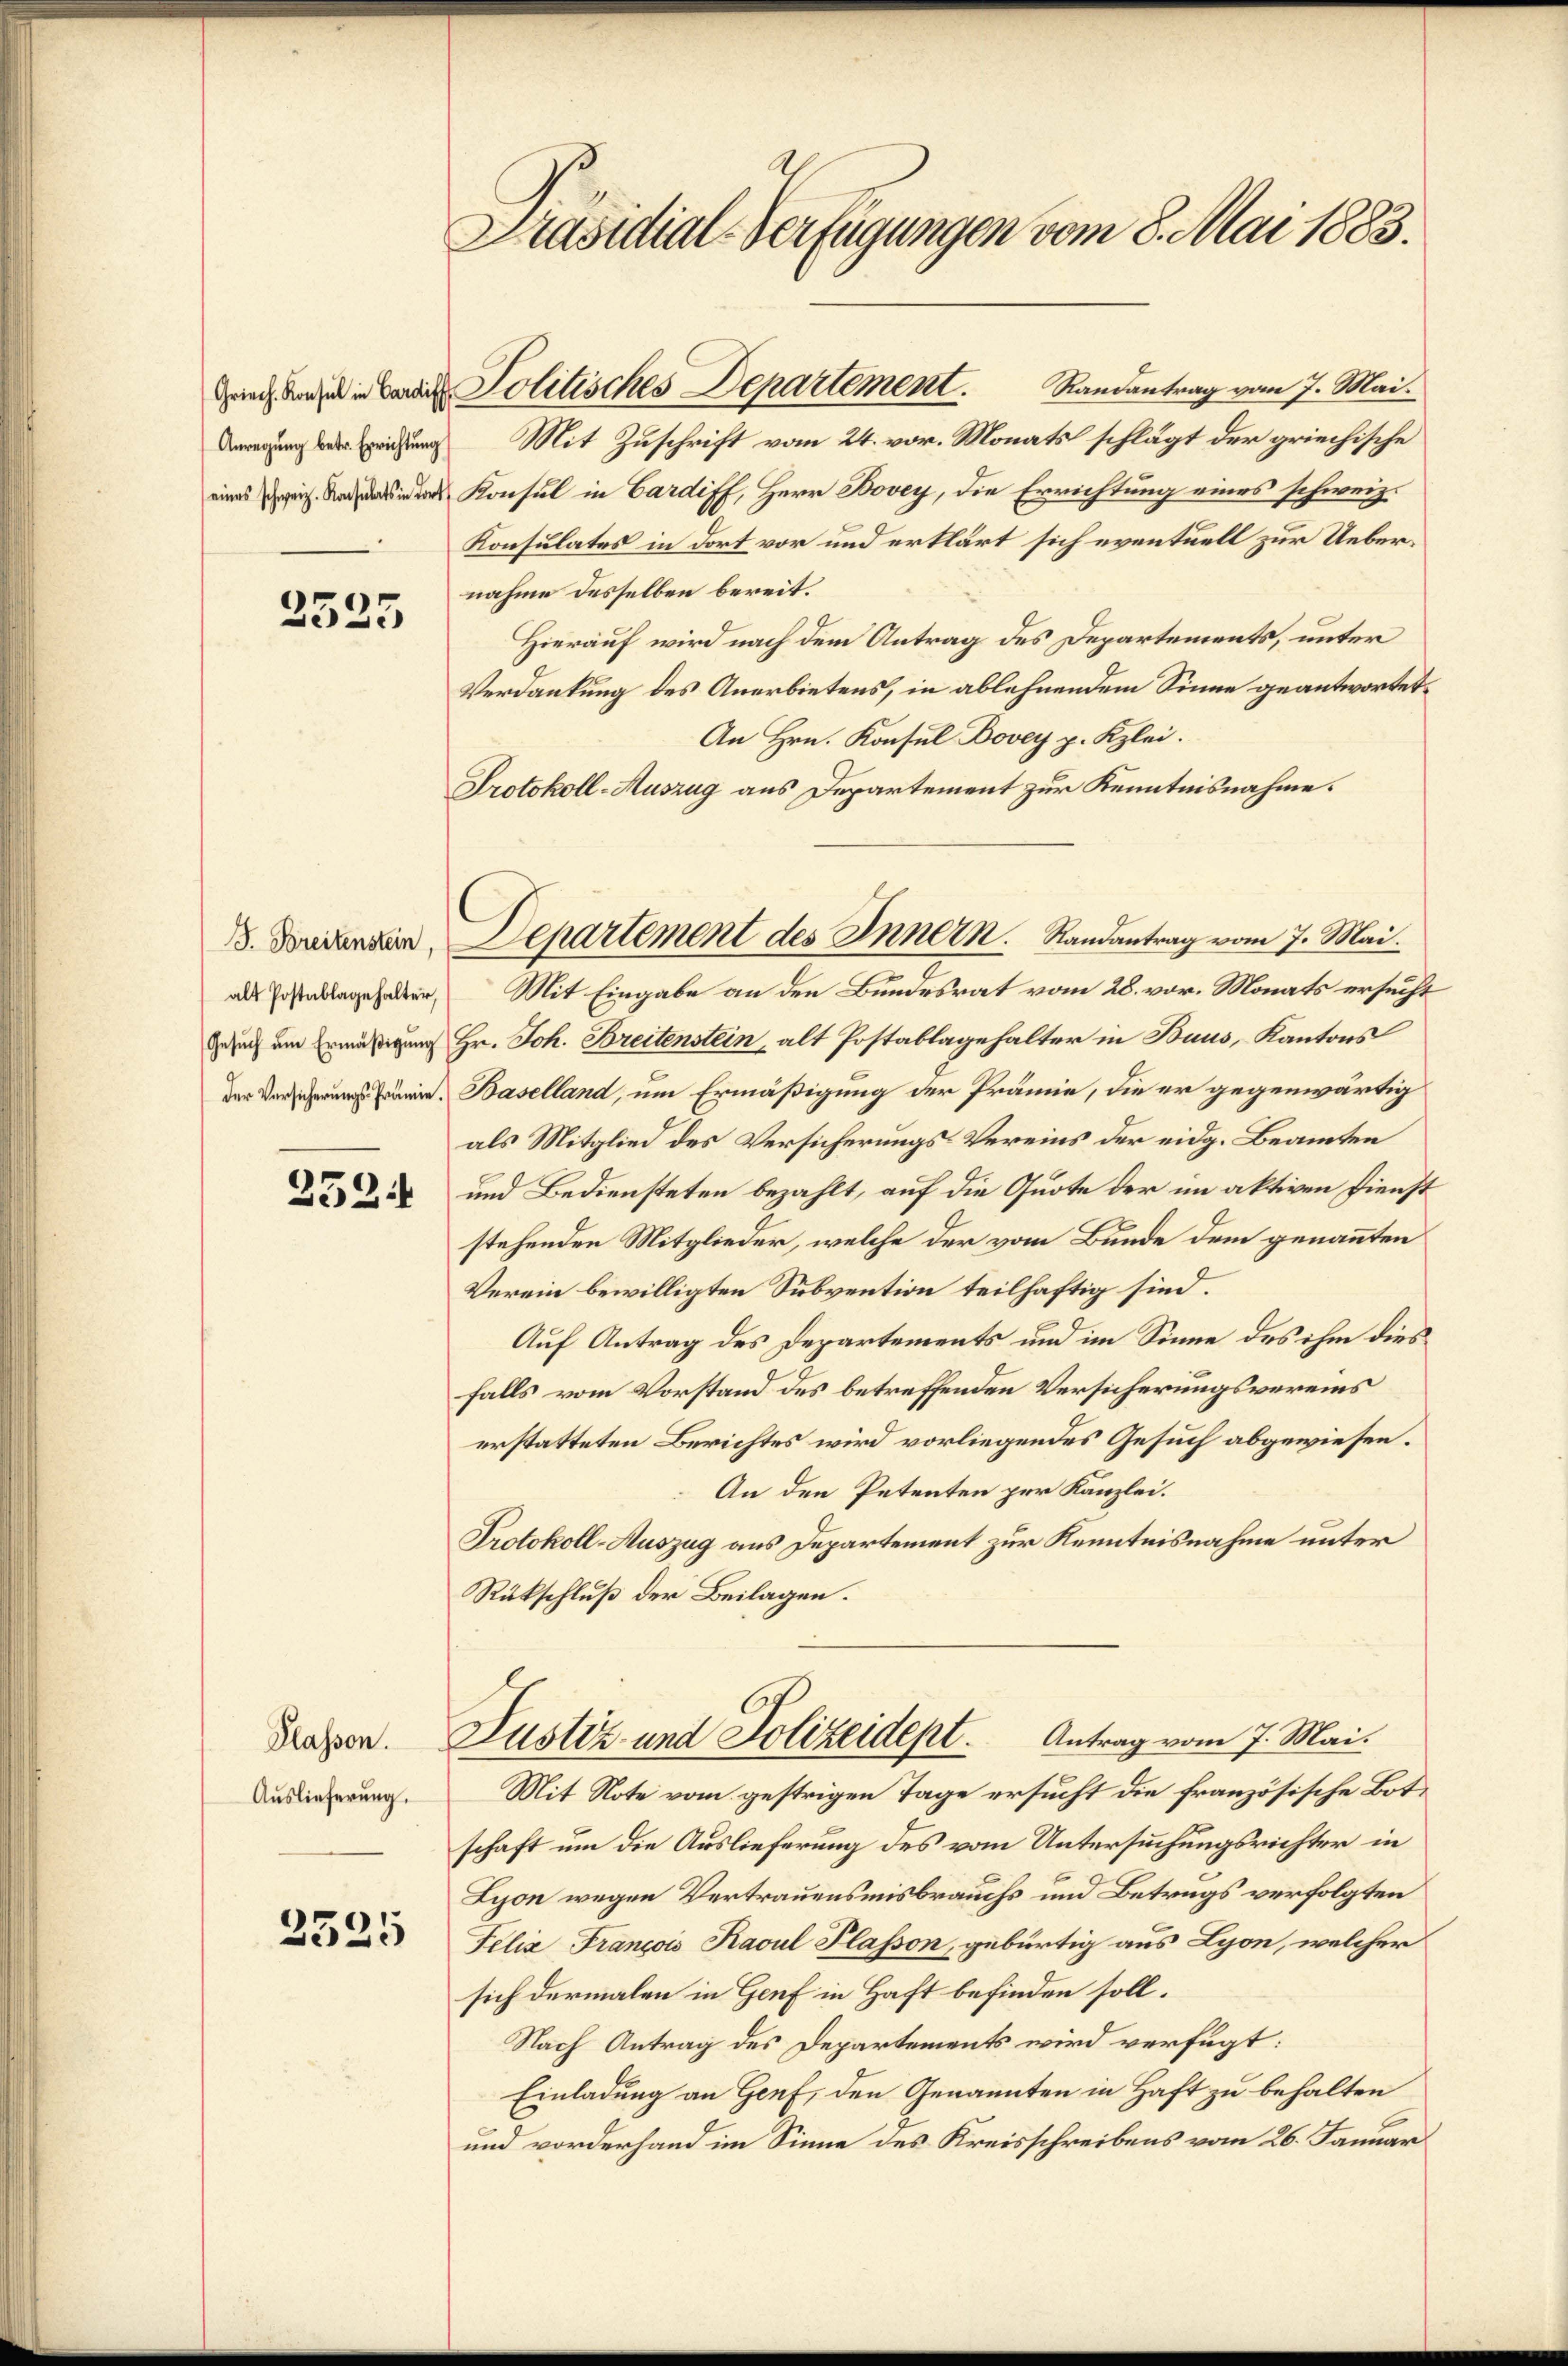
2535

J. Breitenstein,
alt Postablage halter,
Gesuch um Ermäßigung

252.

Klassen.
Auslieferung.

2325

Präsidial-Verfügungen vom 8. Mai 1883.

Anregung der Errichtung Mit Zuschrift vom 24. vor. Monats schlägt der griechische
in Konsul in Gardiff, Herr Bovey, die Errichtung eines schweiz.
Konsulates in dort vor und erklärt sich eventuell zur Uebernahme desselben bereit.
Hierauf wird nach dem Antrag des Departements, unter
Verdankung des Anerbietens, in ablehnendem Sinne geantwortet,
An Hrn. Konsul Bovey p. Kzlei.
Protokoll-Auszug aus Departement zur Kenntnisnahme.
Mit Eingabe an den Bundesrat vom 28. vor. Monats ersucht
Hr. Joh. Breitenstein, alt Postablagehalter in Baus, Kantons
r. Baselland, um Ermäßigung der Prämie, die er gegenwärtig
als Mitglied des Versicherungs-Vereins der eidg. Beamten
und Bediensteten bezahlt, auf die Quote der im aktiven Dienst
stehenden Mitglieder, welche der vom Bunde dem genannten
Verein bewilligten Subvention teilhaftig sind.
Auf Antrag des Departements und im Sinne des ihm diesfalls vom Vorstand des betreffenden Versicherungsvereins
erstatteten Berichtes wird vorliegendes Gesuch abgewiesen.
An den Petenten per Kanzlei.
Protokoll-Auszug aus Departement zur Kenntnisnahme unter
Rückschluß der Beilagen.
Justiz- und Polizeidept. Antrag vom 7. Mai.
Mit Note vom gestrigen Tage ersucht die französische Botschaft um die Auslieferung des vom Untersuchungsrichter in
Lyon wegen Vertrauensmisbrauchs und Betrugs verfolgten
Felix François Kaul Plasson, gebürtig aus Lyon, welcher
sich dermalen in Genf in Haft befinden soll.
Nach Antrag des Departements wird verfügt:
Einladung an Genf, den Genannten in Haft zu behalten
und vorderhand im Sinne des Kreisschreibens vom 26. Januar

Politisches Departement. Randantrag vom 7. Mai.

Departement des Innern. Randantrag vom 7. Mai.